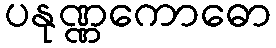
ပနုဏ္ဏကောဓော